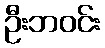
ဦးဘဝင်း